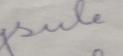
Signature authenticity: forged